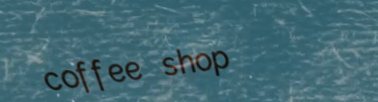
coffee shop